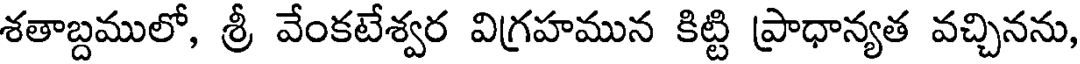
శతాబ్దములో, శ్రీ వేంకటేశ్వర విగ్రహమున కిట్టి ప్రాధాన్యత వచ్చినను,